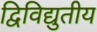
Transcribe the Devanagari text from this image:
द्विविद्युतीय